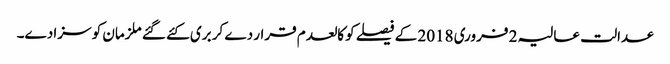
عدالت عالیہ 2 فروری 2018 کے فیصلے کو کالعدم قرار دے کر بری کئے گئے ملزمان کو سزا دے۔